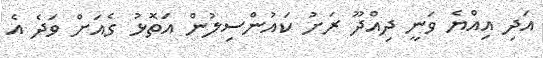
އަދި އިއްޔެ ވަނީ ދިއްދޫ ރަށު ކައުންސިލުން އަތޮޅު ގެއަށް ވަދެ އެ